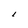
Character: I